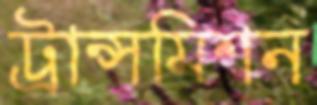
ট্রান্সমিশন